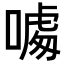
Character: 𠼥